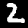
Label: 2